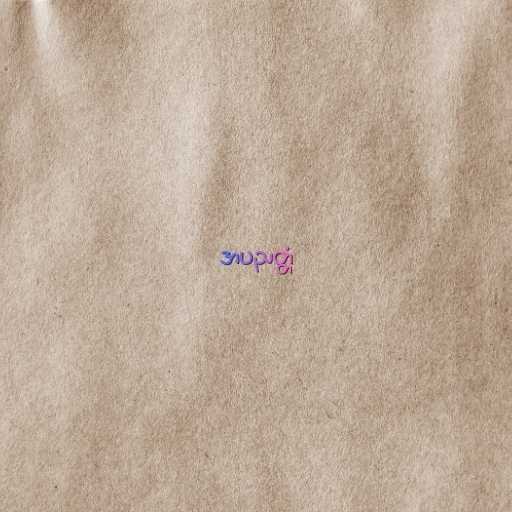
အပညတ္တံ